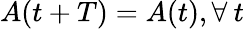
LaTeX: A(t+T)=A(t),\forall\: t